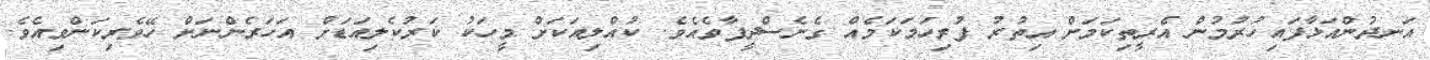
އަނދުންއަަޅާފައިހުރުމުން އެރީތިކަމަށް އިތުރު ފުރިހަމަކަމެއް ގެނެސްދީފާވެއެވެ. ކުއްލިއަކަށް މީހަކު ކަރުކެލިއަޑަށް އަހަރެންނަށް ހޭވެރިކަންވިއެވެ.